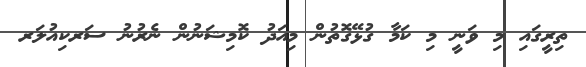
ތިރީގައި މި ވަނީ މި ކަމާ ގުޅޭގޮތުން މިއަދު ކޮމިޝަނުން ނެރުނު ސަރކިއުލަރ